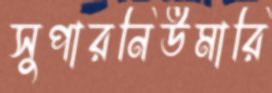
সুপারনিউমারি